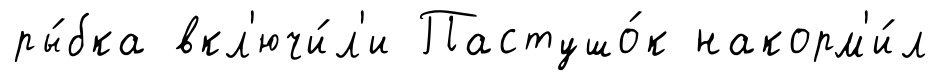
ры́бка вкл'ючи́л'и Пастушо́к накорм'и́л